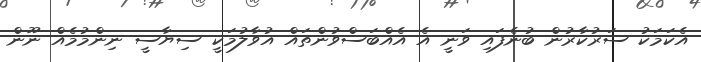
އެކަމަކު ސަރުކާރުން ބުނެފައި ވަނީ އެ އެއްބަސްވުންތައް އުވާލުމަކީ ސިޔާސީ ނިންމުމެއް ނޫން